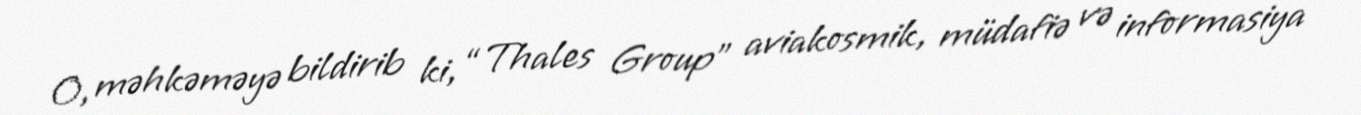
O, məhkəməyə bildirib ki, “Thales Group” aviakosmik, müdafiə və informasiya